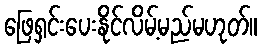
ဖြေရှင်းပေးနိုင်လိမ့်မည်မဟုတ်။